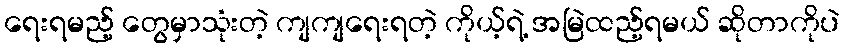
ရေးရမည့် တွေမှာသုံးတဲ့ ကျကျရေးရတဲ့ ကိုယ့်ရဲ့ အမြဲထည့်ရမယ် ဆိုတာကိုပဲ